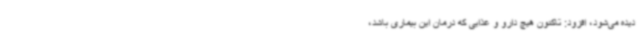
دیده می‌شود، افزود: تاکنون هیچ دارو و غذایی که درمان این بیماری باشد،